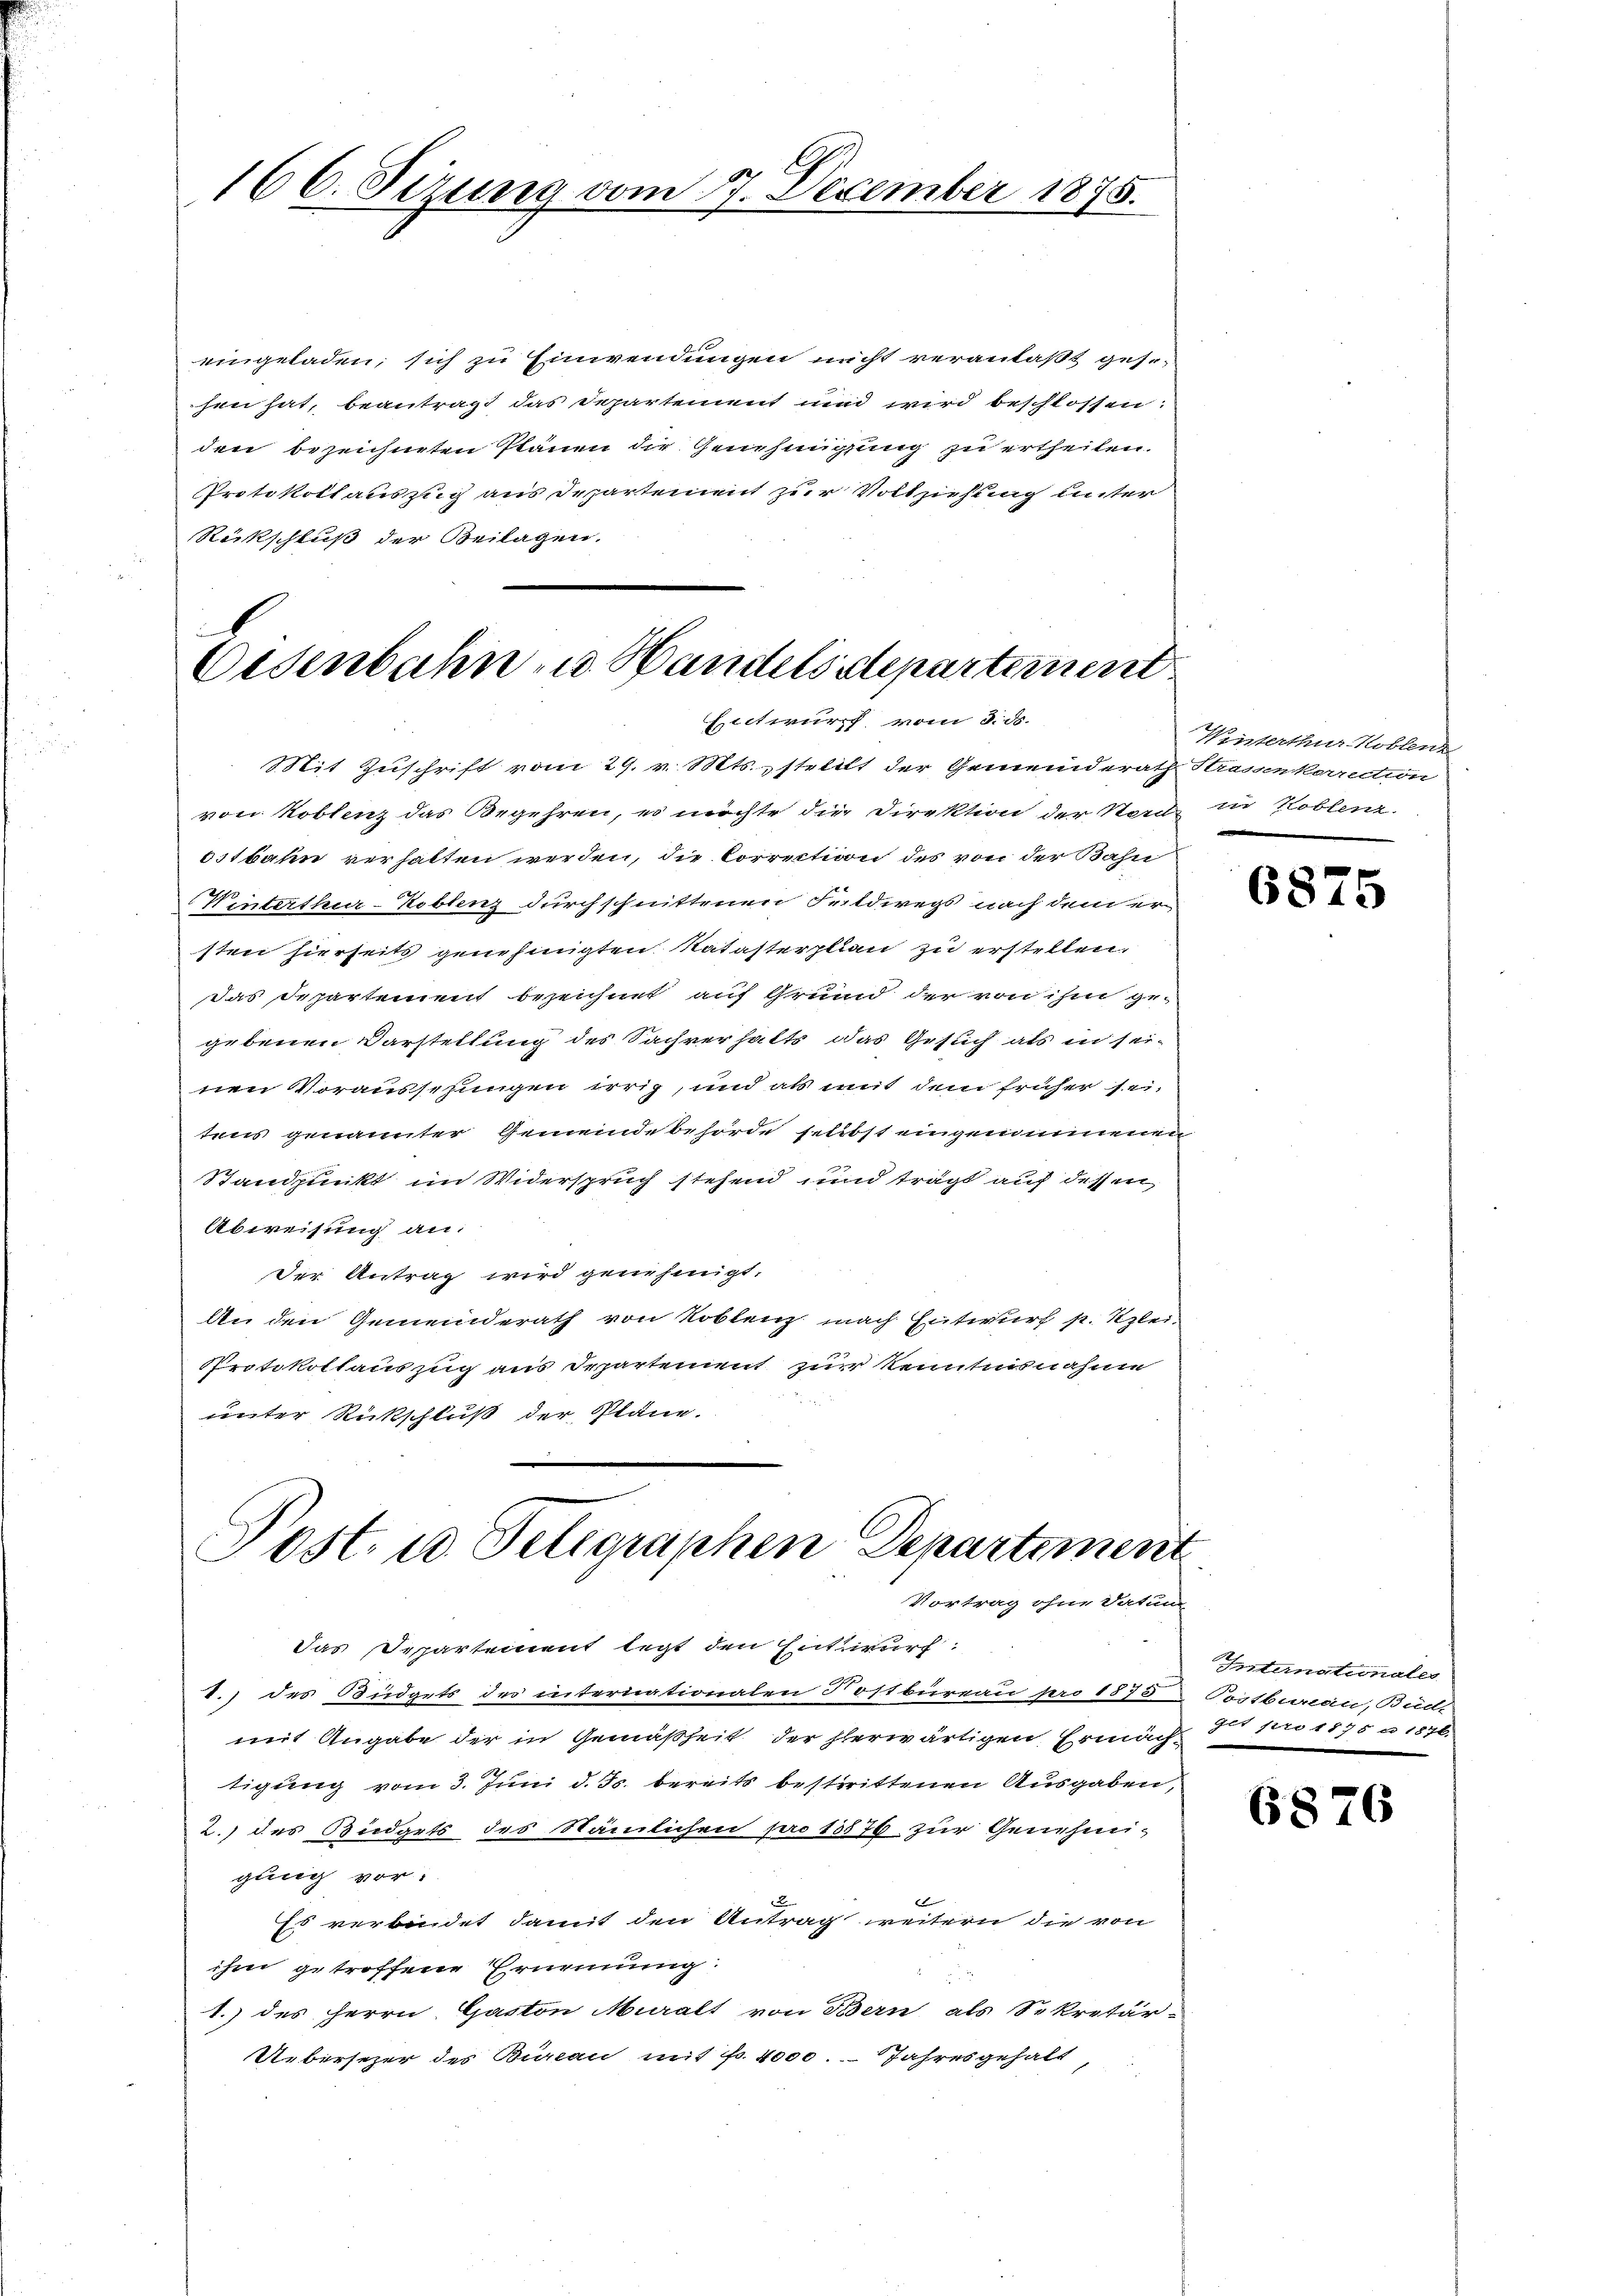
166. Sizung vom 27. December 1875.

eingeladen, sich zu Einwendungen nicht veranlaßt gese
hen hat, beantragt das Departement und wird beschlossen:
den bezeichneten Plänen die Genehmigung zu ertheilen.
Protokollauszug aus Departement zur Vollziehung unter
Rückschluß der Beilagen.

Eisenbahn zu Handels departement
Entwurf vom 8. ds.

Mit Zuschrift vom 29. v. Mts., stellt der Gemeinderath Strassenkorrection
von Koblenz das Begehren, es möchte die Direktion der Nord zu Koblenz.
Oitbahn verhalten werden, die Correction des von der Bahn
Winterthur–Koblenz durchschnittenen Feldwegs nach dem ersten hierseits genehmigten Katasterplan zu erstellen.
das Departement bezeichnet auf Grund der von ihm gegebenen Darstellung des Sachverhalts das Gesuch als in sei-
nen Voraussehungen irrig, und als mit dem früher sei,
tens genannter Gemeindebehörde selbst eingenommenen
Standpunkt im Widerspruch stehend und trägt auf dessen
Abweisung an.
Der Antrag wird genehmigt.
An den Gemeinderath von Koblenz nach Entwurf p. Szlei
Protokollauszug aus Departement zur Kenntnisnahme
unter Rückschluß der Pläne.

Post. u. Feligraphen Departement
Vortrag ohne Datum

Das Separtement legt den Enthirurf:
I.) des Büdgets des internationalen Rostbureau pro 1875 Postbenau, Bud-
mit Angabe der in Gemäßheit der herwärtigen Ermach, 5 pro 1875 u. 1876.
tigung vom 3. Juni d. Js. bereits bestrittenen Ausgaben,
2.) des Budgets des Nämlichen pro 18576 zur Genehmi-
gung vor.
x
Es verbindet damit den Antrag weitern die von
ihm getroffene Prünnung:
1.) des Herrn Gaston Muralt von Bern als Sekretär-
Uebersezer des Bureau mit fr. 4000. Jahresgehalt

Winterthur Koblenz

6875

Intimationales

6876